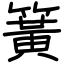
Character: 簧